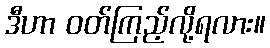
ဒီဟာ ဝတ်ကြည့်လို့ရလား။